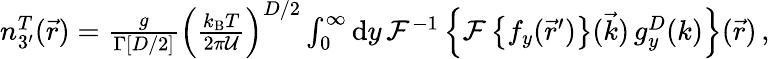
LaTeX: \begin{array}{r}{n_{3^{\prime}}^{T}(\vec{r})=\frac{g}{\Gamma[D/2]}\left(\frac{k_{\mathrm{B}}T}{2\pi{\mathcal U}}\right)^{D/2}\int_{0}^{\infty}\mathrm{d}y\, \mathcal{F}^{-1}\left\{ \mathcal{F}\left\{ f_{y}(\vec{r}^{\prime})\right\} (\vec{k})\, g_{y}^{D}(k)\right\} (\vec{r})\, ,}\end{array}